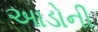
આડોની